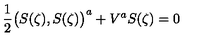
\mathrm { \frac { 1 } { 2 } } \bigr ( S ( \zeta ) , S ( \zeta ) \bigr ) ^ { a } + V ^ { a } S ( \zeta ) = 0